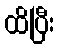
ထိပြီး